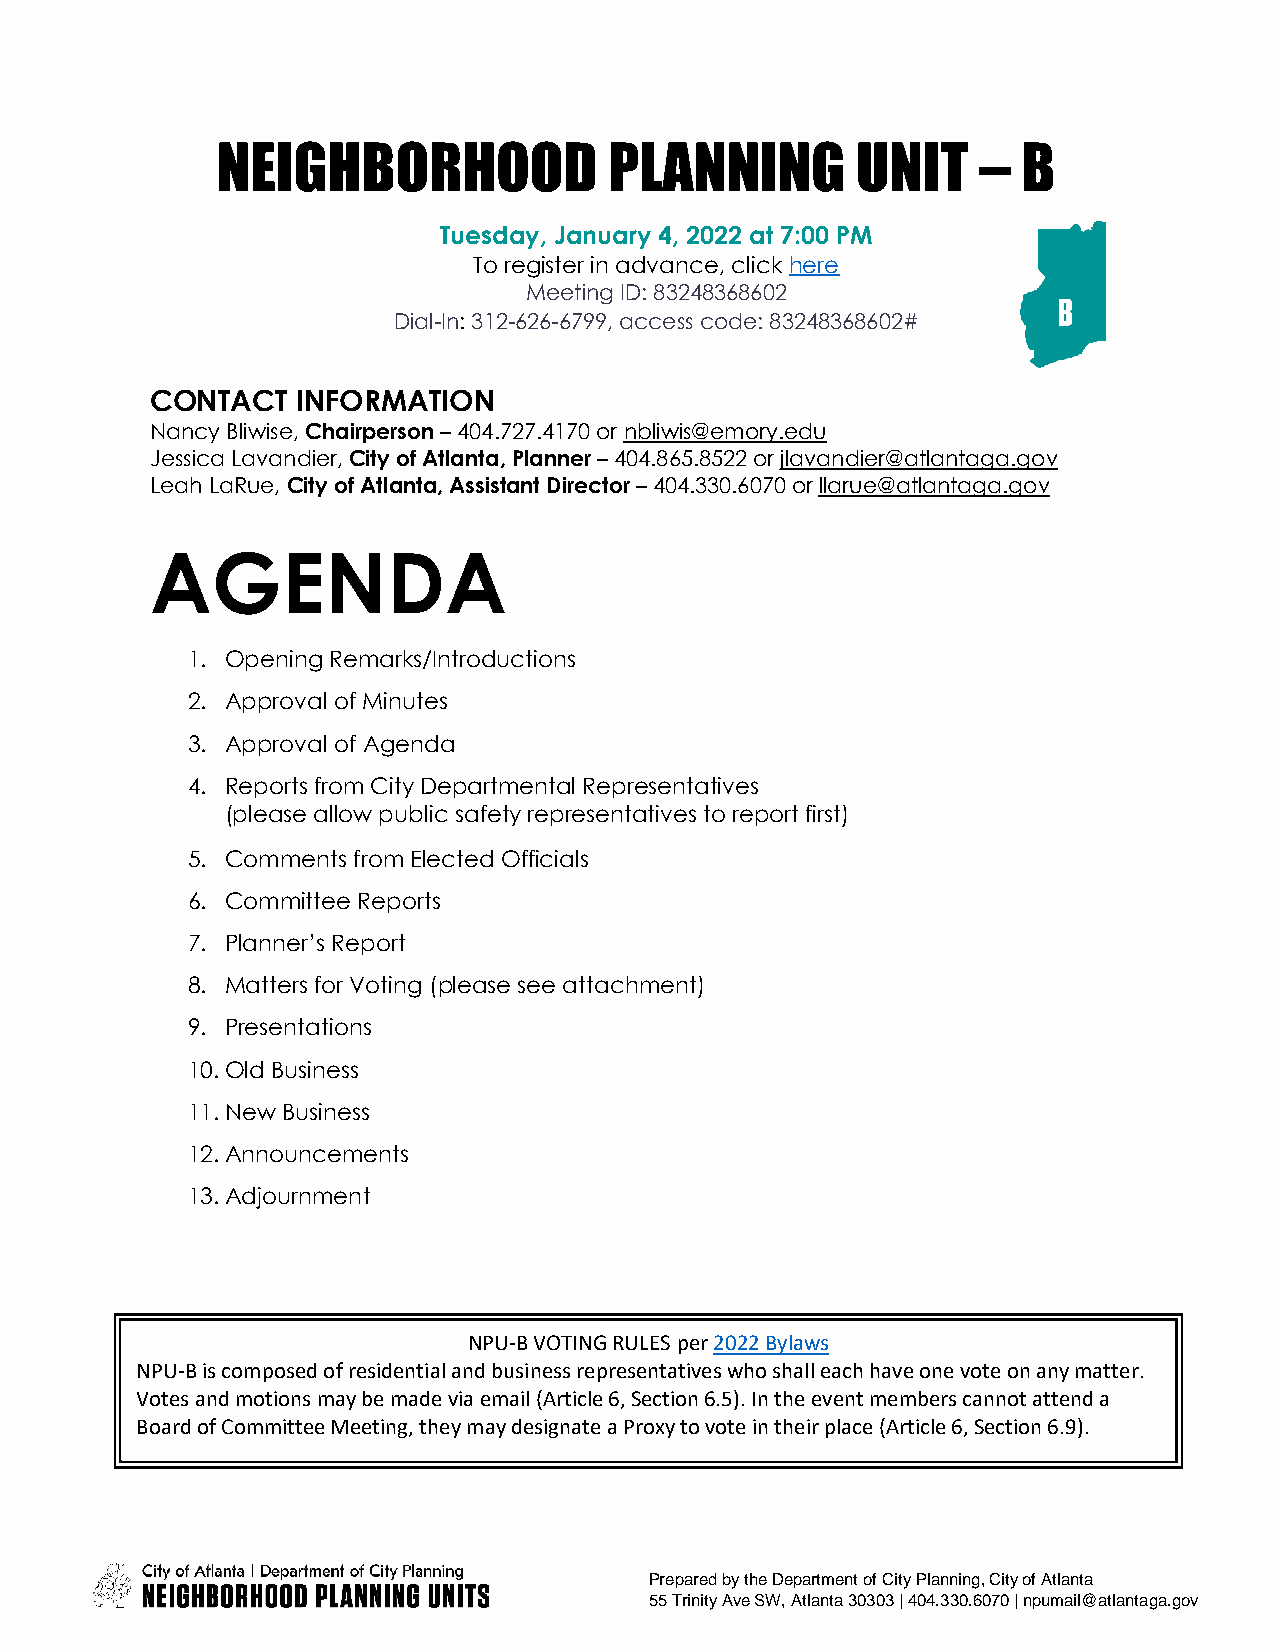
NEIGHBORHOOD              PLANNING         UNIT    –  B
 Tuesday, January 4, 2022 at 7:00 PM
 To register in advance, click here
 Meeting ID: 83248368602
 Dial-In: 312-626-6799, access code: 83248368602#
 CONTACT   INFORMATION
 Nancy Bliwise, Chairperson – 404.727.4170 or nbliwis@emory.edu
 Jessica Lavandier, City of Atlanta, Planner – 404.865.8522 or jlavandier@atlantaga.gov
 Leah LaRue, City of Atlanta, Assistant Director – 404.330.6070 or llarue@atlantaga.gov
 AGENDA
 1. Opening Remarks/Introductions
 2. Approval of Minutes
 3. Approval of Agenda
 4. Reports from City Departmental Representatives
 (please allow public safety representatives to report first)
 5. Comments from Elected Officials
 6. Committee Reports
 7. Planner’s Report
 8. Matters for Voting (please see attachment)
 9. Presentations
 10. Old Business
 11. New Business
 12. Announcements
 13. Adjournment
 NPU-B VOTING RULES per 2022 Bylaws
 NPU-B is composed of residential and business representatives who shall each have one vote on any matter.
 Votes and motions may be made via email (Article 6, Section 6.5). In the event members cannot attend a
 Board of Committee Meeting, they may designate a Proxy to vote in their place (Article 6, Section 6.9).
 Prepared by the Department of City Planning, City of Atlanta
 55 Trinity Ave SW, Atlanta 30303 | 404.330.6070 | npumail@atlantaga.gov